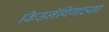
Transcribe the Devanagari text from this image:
किडनॅपिंगच्या